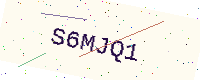
Text: S6MJQ1